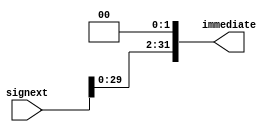
`timescale 1ns / 1ps
//////////////////////////////////////////////////////////////////////////////////
// Company: 
// Engineer: 
// 
// Design Name: 
// Module Name: Shiftleft
// Project Name: 
// Target Devices: 
// Tool Versions: 
// Description: 
// 
// Dependencies: 
// 
// Revision:
// Revision 0.01 - File Created
// Additional Comments:
// 
//////////////////////////////////////////////////////////////////////////////////


module Shiftleft(
    input [31:0] signext,
    output wire [31:0] immediate
    );
    
    assign immediate=signext<<2;
endmodule